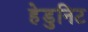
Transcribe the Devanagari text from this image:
हेडुनिट